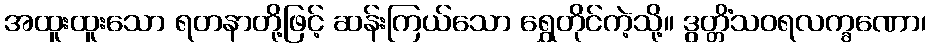
အထူးထူးသော ရတနာတို့ဖြင့် ဆန်းကြယ်သော ရွှေတိုင်ကဲ့သို့။ ဒွတ္တိံသဝရလက္ခဏော၊